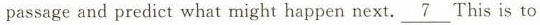
passage and predict what might happen next. \underline{7} This is to